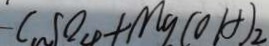
C _ { n } S O _ { 4 } + M g ( O H ) _ { 2 }